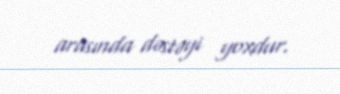
arasında dəstəyi yoxdur.